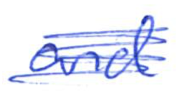
Text: and
Cross-out: scratch
Writing tool: ballpoint